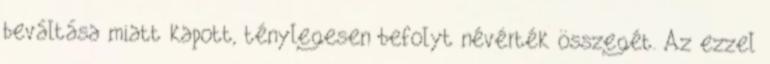
beváltása miatt kapott, ténylegesen befolyt névérték összegét. Az ezzel